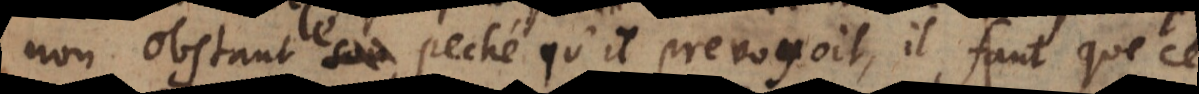
non obstant son peché qu’il prevoyoit, il faut que c